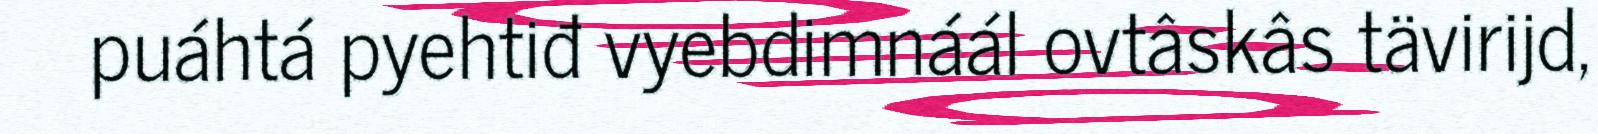
puáhtá pyehtiđ vyebdimnáál ovtâskâs tävirijd,